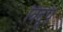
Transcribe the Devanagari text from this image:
विदूप